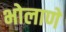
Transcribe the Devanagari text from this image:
भोलाणे